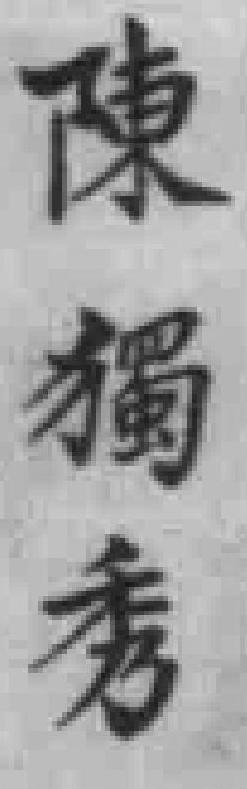
陳獨秀